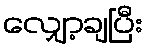
လျှော့ချပြီး